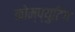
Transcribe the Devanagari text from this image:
कोम्प्युटिंग